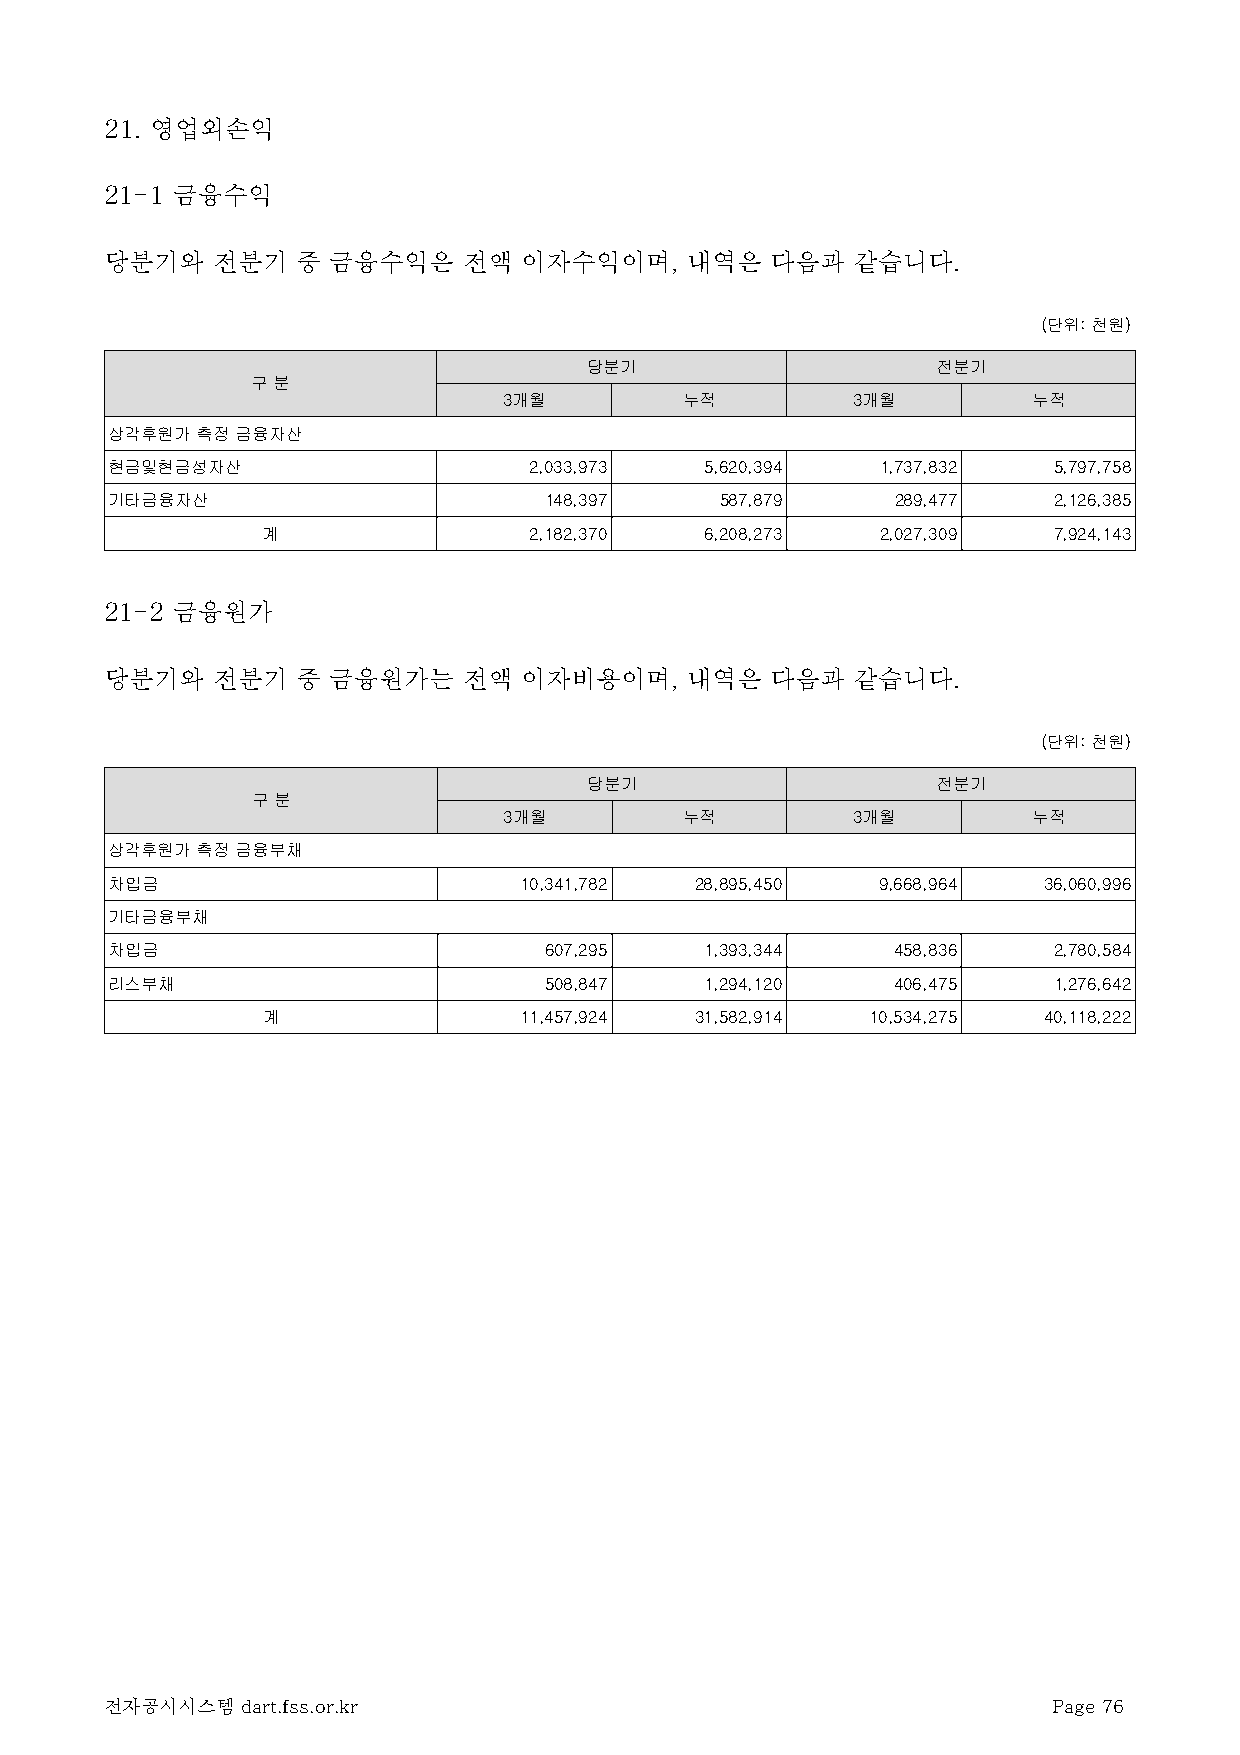
21. 영업외손익
 21-1 금융수익
 당분기와   전분기   중 금융수익은    전액 이자수익이며,    내역은   다음과  같습니다.
 (단위: 천원)
 당분기                    전분기
 구 분
 3개월         누적         3개월         누적
 상각후원가 측정 금융자산
 현금및현금성자산                    2,033,973   5,620,394  1,737,832   5,797,758
 기타금융자산                       148,397     587,879    289,477    2,126,385
 계                 2,182,370   6,208,273  2,027,309   7,924,143
 21-2 금융원가
 당분기와   전분기   중 금융원가는    전액 이자비용이며,    내역은   다음과  같습니다.
 (단위: 천원)
 당분기                    전분기
 구 분
 3개월         누적         3개월         누적
 상각후원가 측정 금융부채
 차입금                        10,341,782  28,895,450  9,668,964  36,060,996
 기타금융부채
 차입금                          607,295    1,393,344   458,836    2,780,584
 리스부채                         508,847    1,294,120   406,475    1,276,642
 계                11,457,924  31,582,914  10,534,275 40,118,222
 전자공시시스템  dart.fss.or.kr                                        Page 76